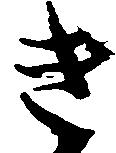
き